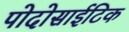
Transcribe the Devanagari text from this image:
पोदोसाईटिक